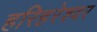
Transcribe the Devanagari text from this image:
हरिहरेश्वर